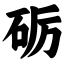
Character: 砺